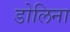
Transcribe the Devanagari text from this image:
डोलिना